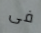
فى